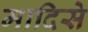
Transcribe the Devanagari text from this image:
मादिसे